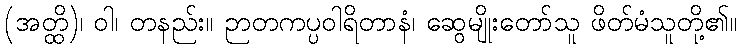
(အတ္ထိ)၊ ဝါ၊ တနည်း။ ဉာတကပ္ပဝါရိတာနံ၊ ဆွေမျိုးတော်သူ ဖိတ်မံသူတို့၏။